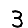
Digit: 3